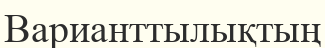
Варианттылықтың